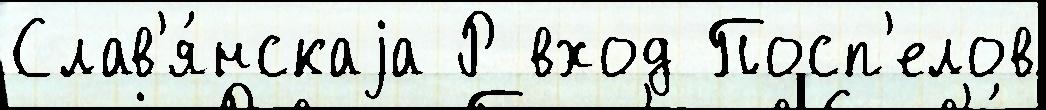
Слав'я́нскаjа Р вход Посп'елов